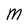
Character: M